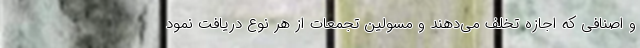
و اصنافی که اجازه تخلف می‌دهند و مسولین تجمعات از هر نوع دریافت نمود